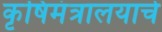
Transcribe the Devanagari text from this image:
कृषिमंत्रालयाचे